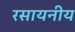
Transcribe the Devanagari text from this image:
रसायनीय